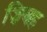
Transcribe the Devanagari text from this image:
ज़िबह